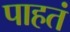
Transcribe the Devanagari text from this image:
पाहतं